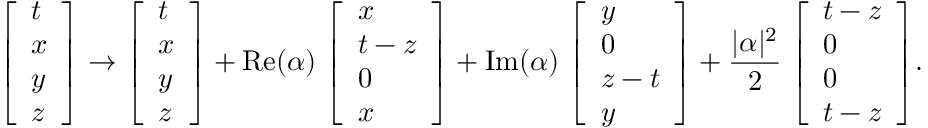
{ \left[ \begin{array} { l } { t } \\ { x } \\ { y } \\ { z } \end{array} \right] } \rightarrow { \left[ \begin{array} { l } { t } \\ { x } \\ { y } \\ { z } \end{array} \right] } + \operatorname { R e } ( \alpha ) \; { \left[ \begin{array} { l } { x } \\ { t - z } \\ { 0 } \\ { x } \end{array} \right] } + \operatorname { I m } ( \alpha ) \; { \left[ \begin{array} { l } { y } \\ { 0 } \\ { z - t } \\ { y } \end{array} \right] } + { \frac { \vert \alpha \vert ^ { 2 } } { 2 } } \; { \left[ \begin{array} { l } { t - z } \\ { 0 } \\ { 0 } \\ { t - z } \end{array} \right] } .